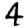
Digit: 4